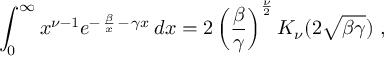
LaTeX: \int _ { 0 } ^ { \infty } x ^ { \nu - 1 } e ^ { - \, { \frac { \beta } { x } } \, - \, \gamma x } \, d x = 2 \left( { \frac { \beta } { \gamma } } \right) ^ { { \frac { \nu } { 2 } } } K _ { \nu } ( 2 \sqrt { \beta \gamma } ) \ ,